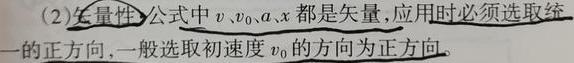
(2)矢量性:公式中$v$、$v_{0}$、$a$、$x$都是矢量,应用时必须选取统一的正方向,一般选取初速度$v_{0}$的方向为正方向.